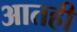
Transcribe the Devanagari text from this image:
आतही